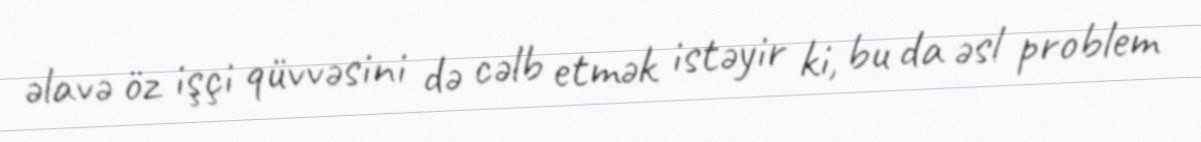
əlavə öz işçi qüvvəsini də cəlb etmək istəyir ki, bu da əsl problem